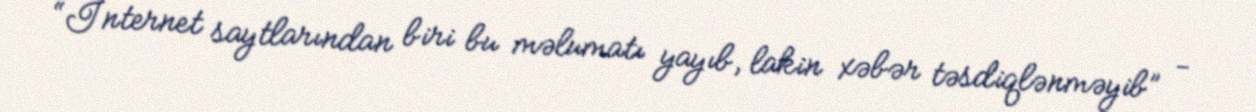
“İnternet saytlarından biri bu məlumatı yayıb, lakin xəbər təsdiqlənməyib” -